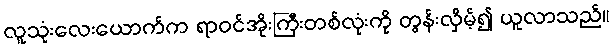
လူသုံးလေးယောက်က ရာဝင်အိုးကြီးတစ်လုံးကို တွန်းလှိမ့်၍ ယူလာသည်။